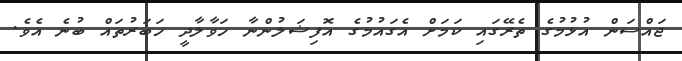
ޖައްސަން އުޅުމުގެ ތެރޭގައި ކަމަށް އެގައުމުގެ އޮފިޝަލުންނާ ހަވާލާދީ ހަބަރުތައް ބުނެ އެވެ.